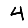
Digit: 4